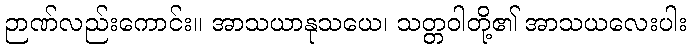
ဉာဏ်လည်းကောင်း။ အာသယာနုသယေ၊ သတ္တဝါတို့၏ အာသယလေးပါး